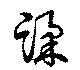
蹂